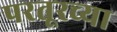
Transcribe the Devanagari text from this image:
परतूरच्या